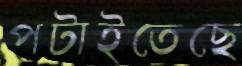
পটাইতেছে